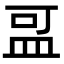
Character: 𪾌